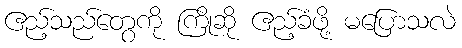
ဧည့်သည်တွေကို ကြိုဆို ဧည့်ခံဖို့ မပြောသလဲ